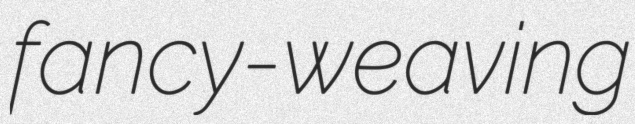
fancy-weaving